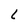
Character: L